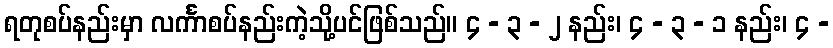
ရတုစပ်နည်းမှာ လင်္ကာစပ်နည်းကဲ့သို့ပင်ဖြစ်သည်။ ၄ - ၃ - ၂ နည်း၊ ၄ - ၃ - ၁ နည်း၊ ၄ -